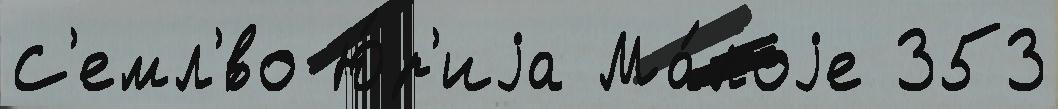
С'емл'́во Ю́р'иjа Ма́лоjе 353